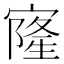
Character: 㝫